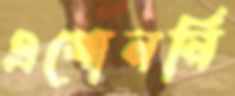
এগোননি